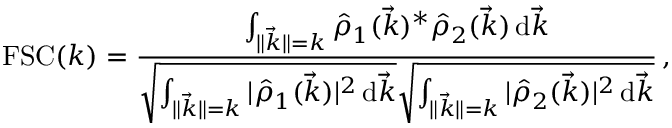
\mathrm { F S C } ( k ) = \frac { \int _ { \lVert \vec { k } \rVert = k } \hat { \rho } _ { 1 } ( \vec { k } ) ^ { * } \hat { \rho } _ { 2 } ( \vec { k } ) \, \mathrm d \vec { k } } { \sqrt { \int _ { \lVert \vec { k } \rVert = k } | \hat { \rho } _ { 1 } ( \vec { k } ) | ^ { 2 } \, \mathrm d \vec { k } } \sqrt { \int _ { \lVert \vec { k } \rVert = k } | \hat { \rho } _ { 2 } ( \vec { k } ) | ^ { 2 } \, \mathrm d \vec { k } } } \, ,